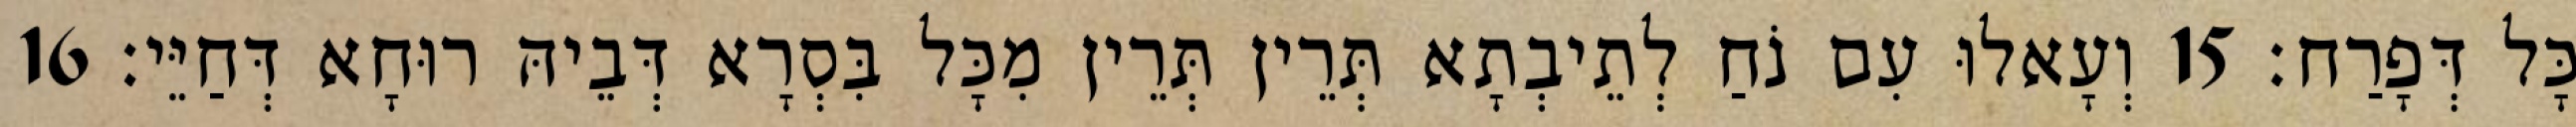
כָּל דְּפָרַח׃ 15 וְעָאלוּ עִם נֹחַ לְתֵיבְתָא תְּרֵין תְּרֵין מִכָּל בִּסְרָא דְּבֵיהּ רוּחָא דְּחַיֵּי׃ 16